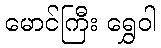
မောင်ကြီး ရွှေဝါ